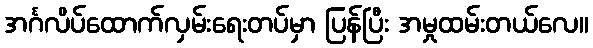
အင်္ဂလိပ်ထောက်လှမ်းရေးတပ်မှာ ပြန်ပြီး အမှုထမ်းတယ်လေ။